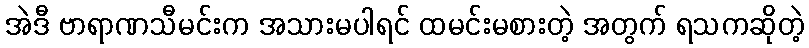
အဲဒီ ဗာရာဏသီမင်းက အသားမပါရင် ထမင်းမစားတဲ့ အတွက် ရသကဆိုတဲ့